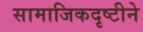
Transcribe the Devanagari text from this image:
सामाजिकदृष्टीने